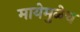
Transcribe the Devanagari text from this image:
मायेमुळेच